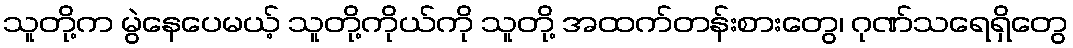
သူတို့က မွဲနေပေမယ့် သူတို့ကိုယ်ကို သူတို့ အထက်တန်းစားတွေ၊ ဂုဏ်သရေရှိတွေ